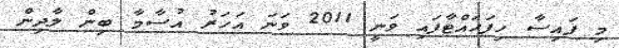
މި ފައިސާ ހިފަހައްޓާފައި ވަނީ 2011 ވަނަ އަހަރު އުސާމާ ބިން ލާދިން